Vaccination Hyderabad 1872-1889 - 1872-1889
Year: 1872
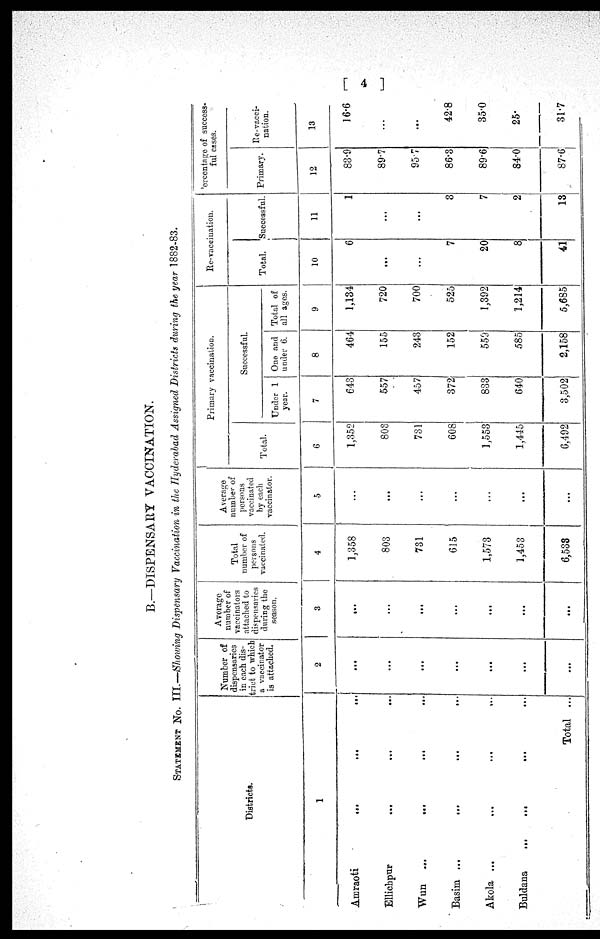
[ 4 ]
B.—DISPENSARY VACCINATION.
STATEMENT No. III.—Showing Dispensary Vaccination in the Hyderabad Assigned Districts during the year 1882-83.
Districts.
1
Amraoti
...
...
...
Ellichpur
...
...
...
Wun ...
...
...
...
Basim ...
...
...
...
Akola ...
...
...
...
Buldana...
...
...
...
Total ...
Number of
dispensaries
in each dis-
trict to which
a vaccinator
is attached.
2
...
...
...
...
...
...
...
Average
number of
vaccinators
attached to
dispensaries
during the
season.
3
...
...
...
...
...
...
...
Total
number of
persons
vaccinated.
4
1,358
803
731
615
1,573
1,453
6,533
Average
number of
persons
vaccinated
by each
vaccinator.
5
...
...
...
...
...
...
...
Primary vaccination.
Total.
6
1,352
803
731
608
1,553
1,445
6,492
Successful.
Under 1
year.
7
643
557
457
372
833
640
3,502
One and
under 6.
8
464
155
243
152
559
585
2,158
Total of
all ages.
9
1,134
720
700
525
1,392
1,214
5,685
Re-vaccination.
Total.
10
6
...
...
7
20
8
41
Successful.
11
1
...
...
3
7
2
13
Percentage of success-
ful cases.
Primary.
12
83.9
89.7
95.7
86.3
89.6
84.0
87.6
Re-vacci-
nation.
13
16.6
...
...
42.8
35.0
25.
31.7